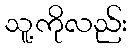
သူ့ကိုလည်း